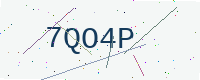
Text: 7QO4P